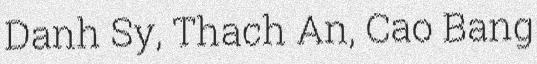
Danh Sy, Thach An, Cao Bang